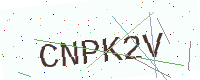
Text: CNPK2V